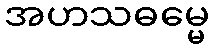
အဟသဓမ္မေ